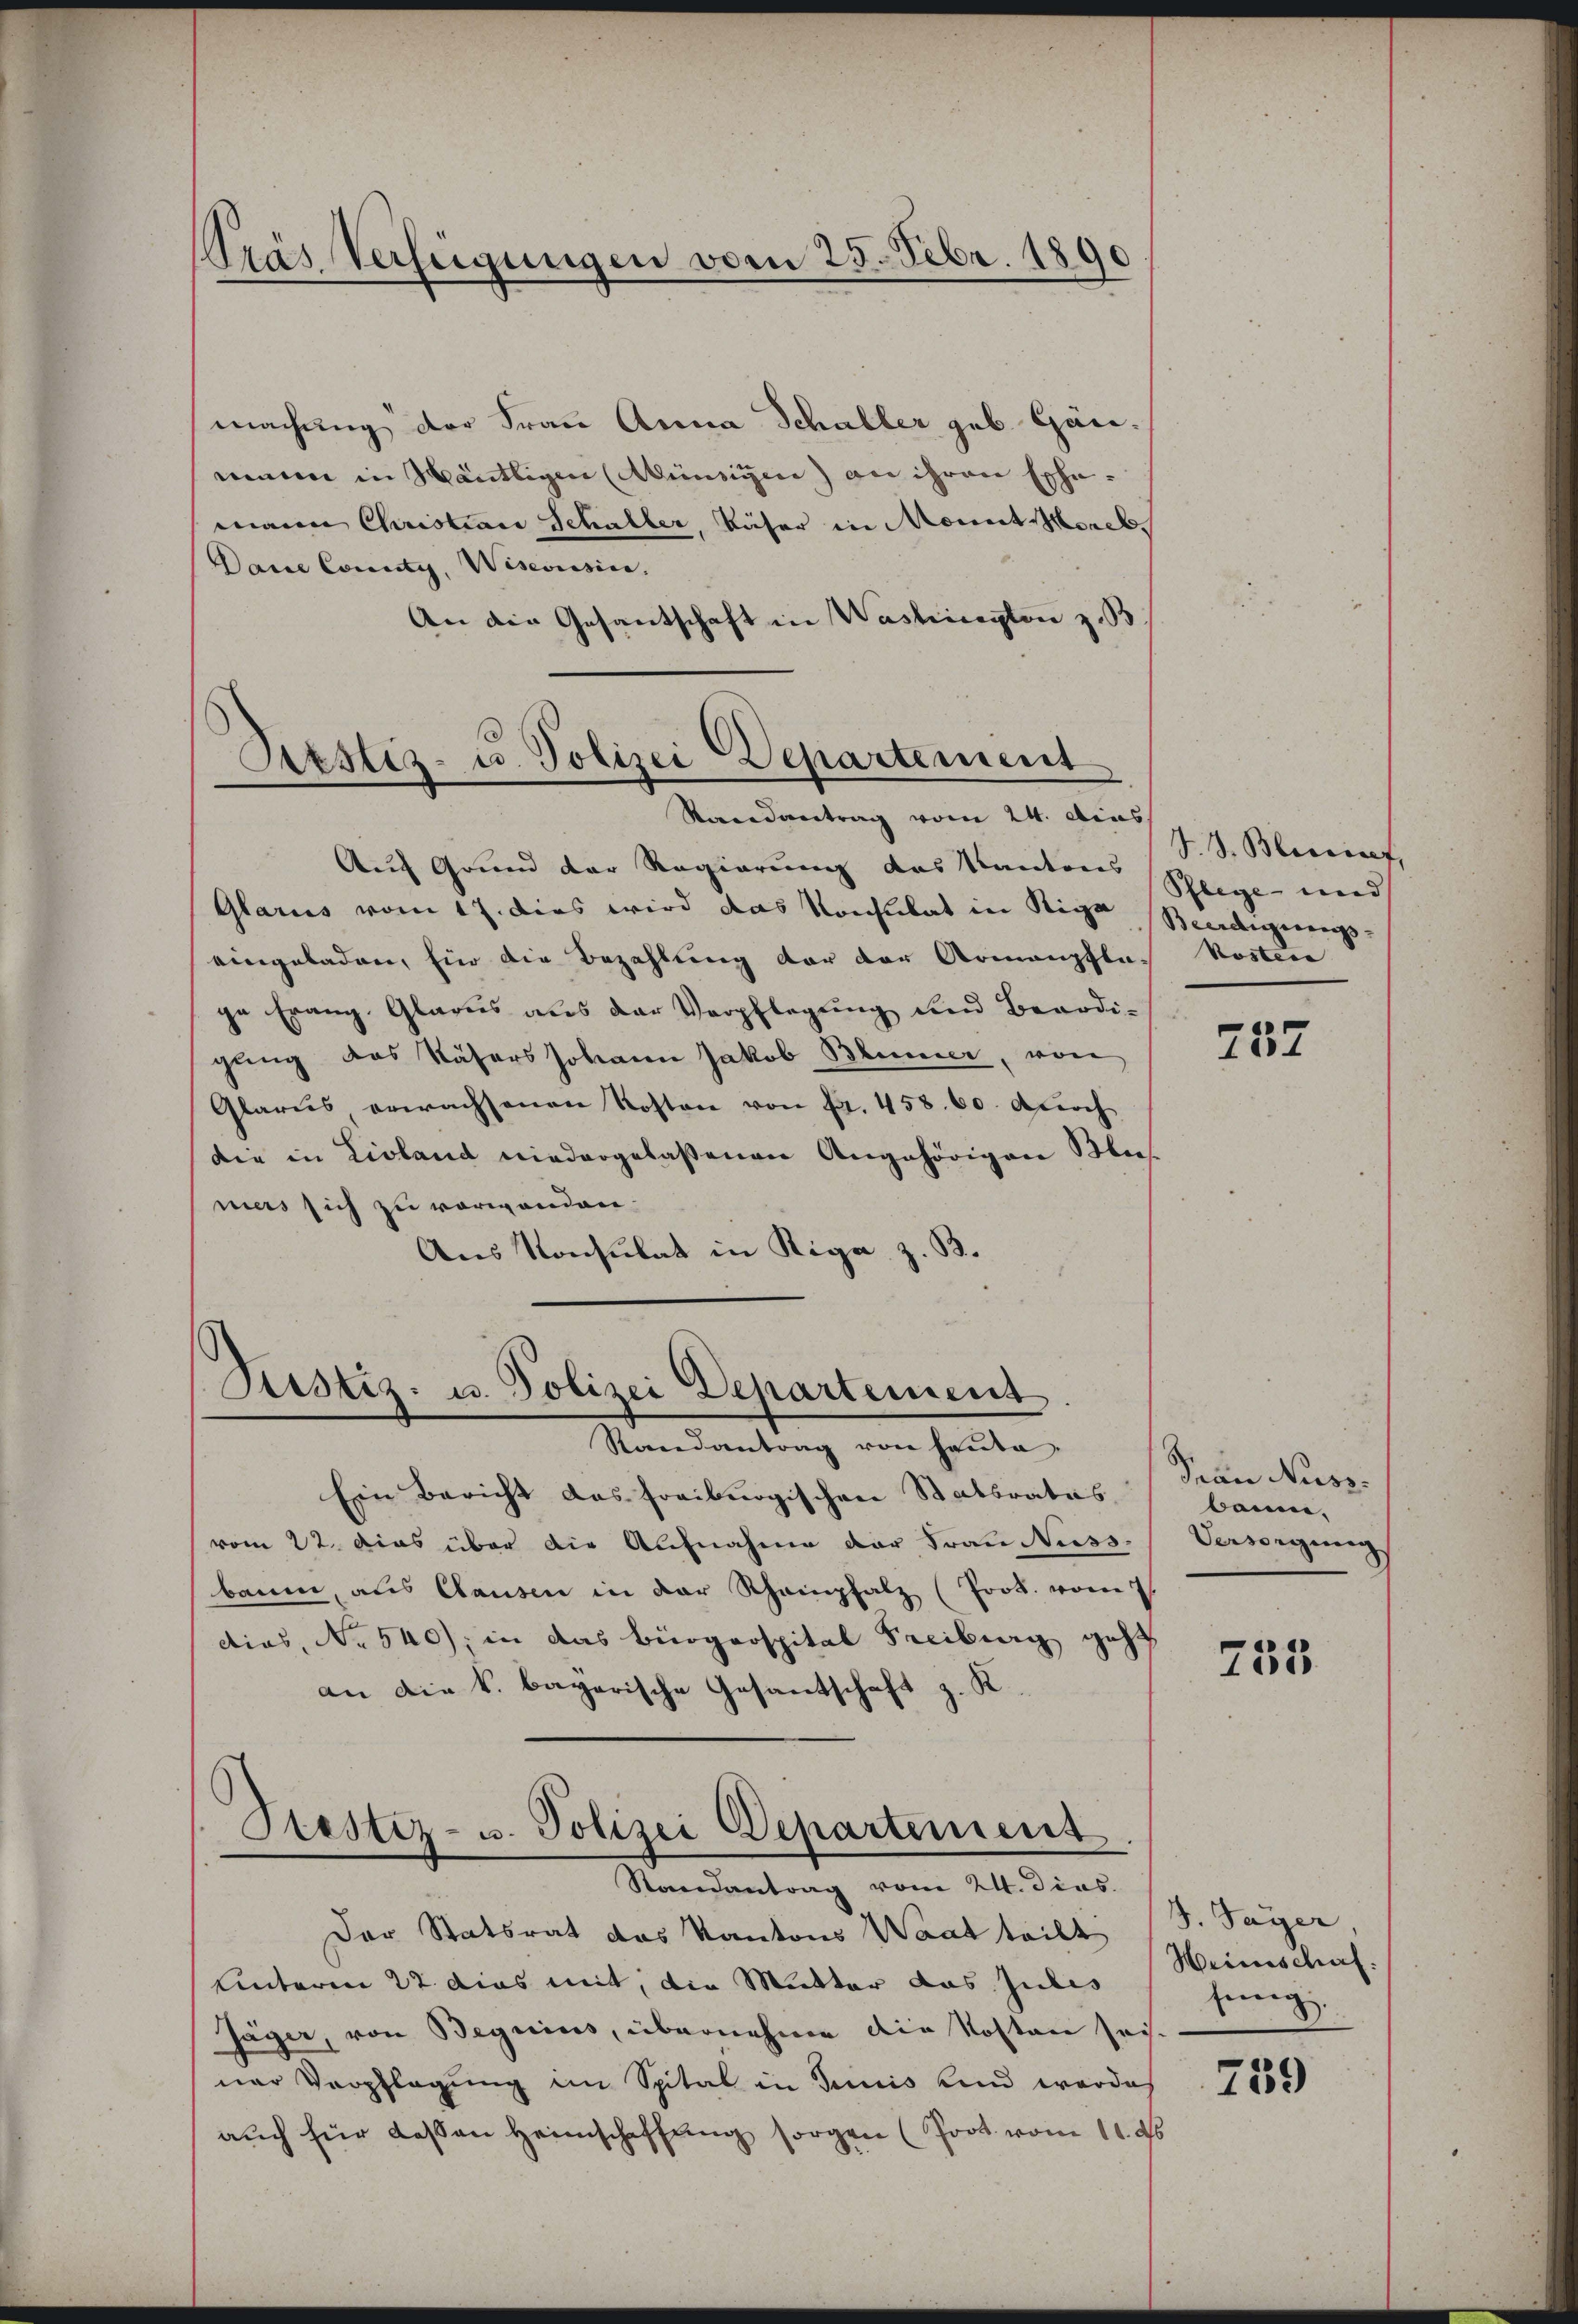
Pras Verfügungen vom 25. Febr. 1890

machung der Frau Anna Schaller geb. Gänmeine in Mäntligen (Münsigen) an ihren Ephemann Christian Schaller, Käser in Monat Morel
Daine County, Weseousine.
An die Gesantschaft in Washington z. B.

Pestiz- u. Polizei Departement
Saandantrag vom 24. dies

Auf Grund der Regierung das Kantons
Glarus vom 17. dies wird das Konslibat in Rege
eingeladen, Ein die Bezahlung der der Armenpflas Kosten
ge Frang Glarus aus der Verpflegung und Beardigung das Näfers Johann Jakob Blümer, von
Glarus erwachsenen Kosten von fr. 458. 60. durch
die in Livland niedergelassenen Angehörigen Mus
mers sich zu verwanden.
Aus Konsulat in Riga z. B.

Justiz- u. Polizei Departement

S. S. Bleniorf,
Pflege und
Beeidigungs-

Randantrag von heute.
Ein Bericht das freiburgischen Statsrates
vom 22. Das über die Aufnahme der Frau Nuss-Versorgung
baum, aus Clausen in der Rheinpfalz (Prok. vom
dias, No 540), in das Bürgerspital Freiburg geht
an die k. bayerische Gesantschaft z. K.
Hestiz- u. Polizei Departement.
Randantrag vom 24. Dies
Der Statsrat das Kantons Waat teilt
Unterm 22. dies mit, die Mutter das Jubes
Jäger, von Beguins, übernehme die Kosten sei
ner Verpflegung im Spital in Juris Kind werdeh
auch für dassen Heimschaffung sorgen (Poot vom 11. ds

737

Van Nuss.
banne,

753

J. Payer,
Heimschaf
jenig

759